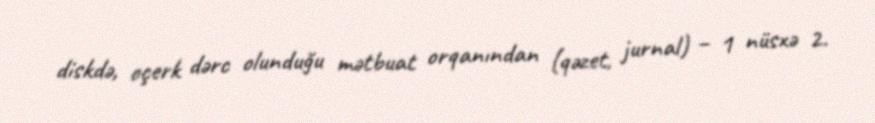
diskdə, oçerk dərc olunduğu mətbuat orqanından (qəzet, jurnal) – 1 nüsxə 2.